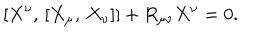
LaTeX: [ X ^ { \nu } , \, [ X _ { \mu } , \, X _ { \nu } ] ] + R _ { \mu \nu } X ^ { \nu } = 0 .